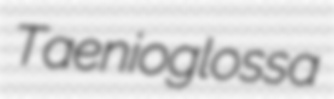
Taenioglossa